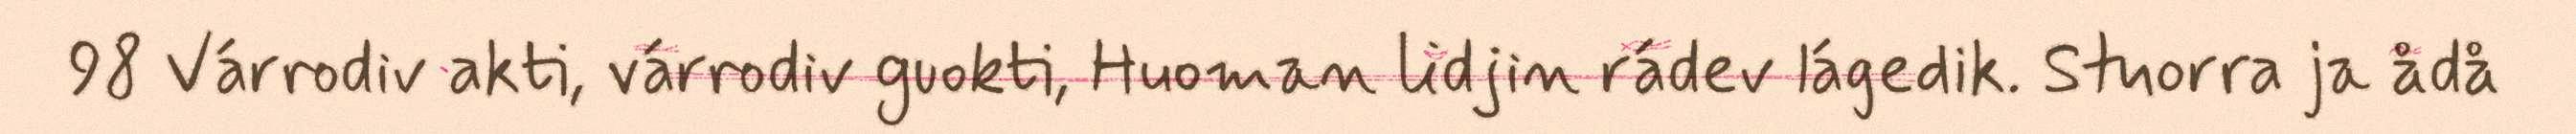
98 Várrodiv akti, várrodiv guokti, Huoman lidjin rádev lágedik. Stuorra ja ådå